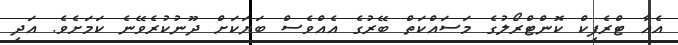
އެއާ ޓްރެފިކް ކޮންޓްރޯލުގެ މަސައްކަތް ބޭރުގެ އެއްވެސް ބަޔަކަށް ދޫނުކުރެވޭނެ ކަމަށެވެ. އަދި